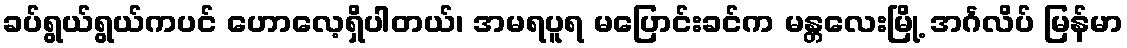
ခပ်ရွယ်ရွယ်ကပင် ဟောလေ့ရှိပါတယ်၊ အမရပူရ မပြောင်းခင်က မန္တလေးမြို့ အင်္ဂလိပ် မြန်မာ